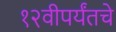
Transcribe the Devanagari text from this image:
१२वीपर्यंतचे